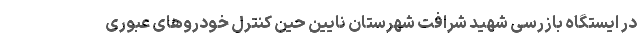
در ایستگاه بازرسی شهید شرافت شهرستان نایین حین کنترل خودروهای عبوری